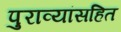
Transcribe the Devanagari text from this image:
पुराव्यांसहित